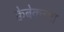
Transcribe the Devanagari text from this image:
क्वेबेकच्या